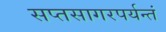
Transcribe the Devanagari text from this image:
सप्तसागरपर्यन्तं